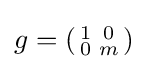
g=\left({\begin{smallmatrix}1&0\\0&m\end{smallmatrix}}\right)